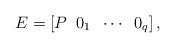
\begin{align*}E=\left[ P\;\; 0_{1}\;\;\cdots\;\;0_{q}\right],\end{align*}